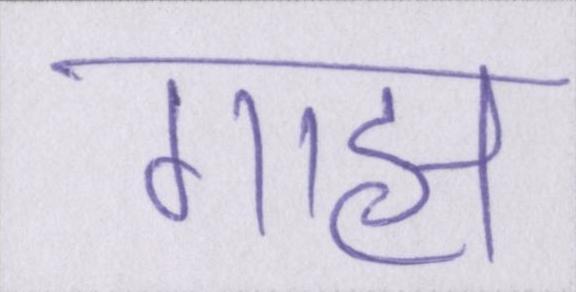
गाह्य